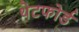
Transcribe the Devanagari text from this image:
थेटफोर्ड